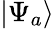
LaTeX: |\Psi_{a}\rangle